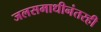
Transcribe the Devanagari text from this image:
जलसमाधीनंतरही